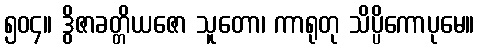
၅၀၄။ ဒွိဇာခတ္တိယဇော သူတော၊ ကာရုတု သိပ္ပိကောပုမေ။